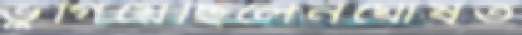
ভুগিয়েছিলেনঘোষত